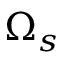
\Omega _ { s }